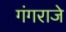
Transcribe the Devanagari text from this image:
गंगराजे